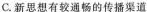
C.新思想有较通畅的传播渠道